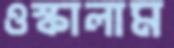
ওস্‌কালাম